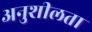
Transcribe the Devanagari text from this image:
अनुशीलता